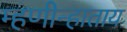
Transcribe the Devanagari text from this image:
म्हणीन्हाताय